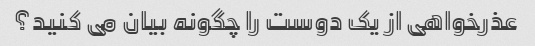
عذرخواهی از یک دوست را چگونه بیان می کنید؟